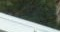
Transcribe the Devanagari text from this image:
स्वामिभ्क्त